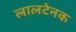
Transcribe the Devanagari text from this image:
लालटेनक